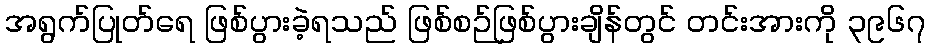
အရွက်ပြုတ်ရေ ဖြစ်ပွားခဲ့ရသည် ဖြစ်စဉ်ဖြစ်ပွားချိန်တွင် တင်းအားကို ၃၉၆၇